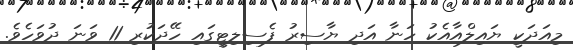
މިއަދަކީ ޔައިލްްއާއެކު ހަނާ އަދި ޔާސިރު ފެސިލިޓީގައި ހޭދަކުރި 11 ވަނަ ދުވަހެވެ.